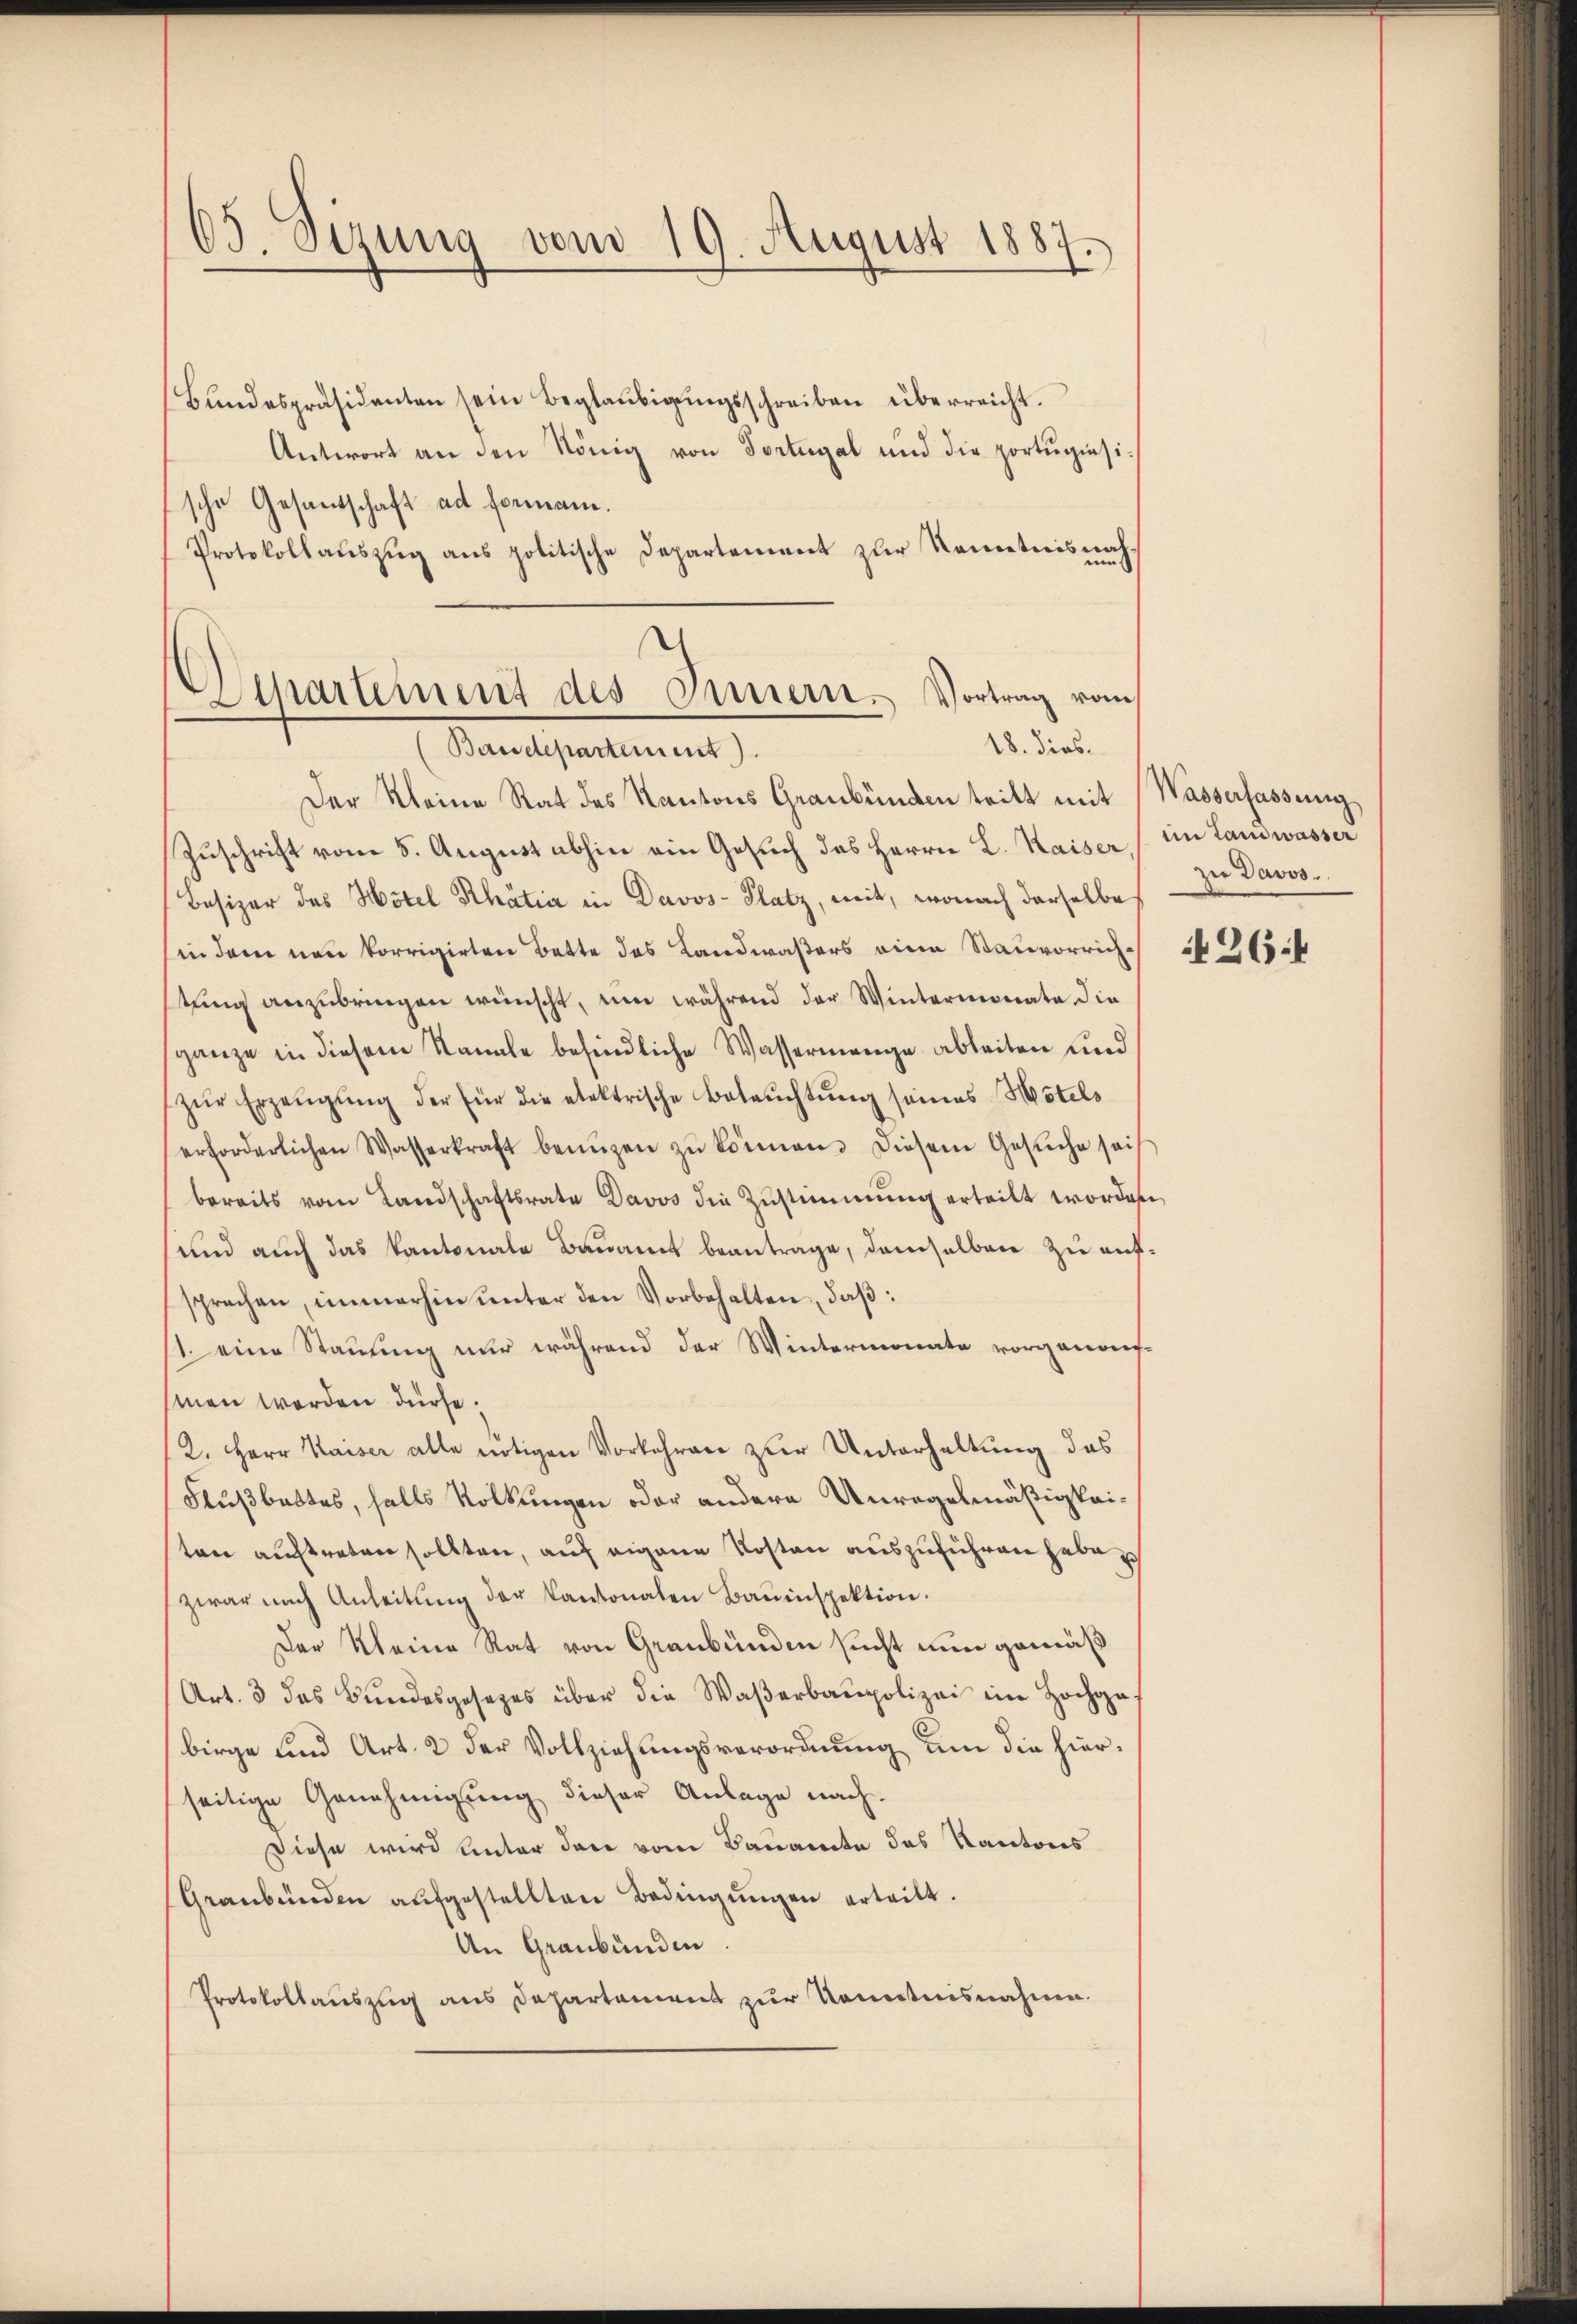
65. Sizung vom 19. August 1887.

Bŭndespräsidenten sein Beglaŭbigŭngsschreiben überreicht.
Antwort an den König von Fortugal und die portŭgiesische Gesantschaft ad Formann.
Protokollauszug aus politische Departement zur Kenntnisnah¬
Departement des Innern. Vortrag vom

18. dies.
(Baudepartement

Der Kleine Rat des Kantons Graubünden tritt mit Wasserfassung
Zuschrift vom 5. August abhin ein Gesuch des Herrn L. Kaiser im Landwassen
Besizer des Hotel Rhätia in Davos- Platz, mit, wonach derselbe
hin dem neu korrigirten Bette des Landwaßers eine Stauvorrichstung anzubringen wünscht, um während der Wintermonate die
ganze in diesem Kanale befindliche Wassermange ableiten und
zŭr Erzeŭgŭng der für die elektrische Beleŭchtŭng seines Hotels
erforderlichen Wasserkraft benuzen zŭ können. Diesem Gesŭche sais
bereits vom Landschaftsrate Davos die Zustimmung erteilt worden,
und auch das Kantonale Bauamt beantrage, demselben zu aufsprechen, immerhin unter den Vorbehalten, daß:
11. eine Stauung nur während der Wintermonate vorgenomhmen werden dürfe.
2. Herr Kaiser alle nötigen Vorkehren zur Unterhaltung des
Flußbettes, falls Volkungen oder andere Unregelmäßigkeiten auftreten sollten, auf eigene Kosten auszuführen habe
zwar nach Anleitŭng der Kantonalen Bauinspektion.
Der Kleine Rat von Graubünden sucht nun gemäß
(Art. 3 das Bundesgesetzes über die Waßerbaupolizei ein Hochge
birge und Art. 2 der Vollziehungsverordnung um die hierseitige Genehmigung dieser Anlage nach
Diese wird unter den vom Bauamte des Kantons
Graubünden aŭfgestellten Bedingŭngen erteilt.
An Graubünden
Protokollauszug aus Departament zur Kenntnisnahme.

zu Davos.

264